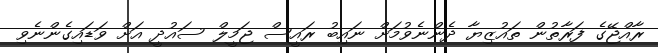
ރާއްޖޭގެ ފަރާތުން ތައުޒިޔާ ދެންނެވުމަށް ނައިބު ރައީސް ޖަމީލް ސައުދީ އަށް ވަޑައިގެންނެވި